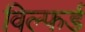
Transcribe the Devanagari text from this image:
विल्फर्ड